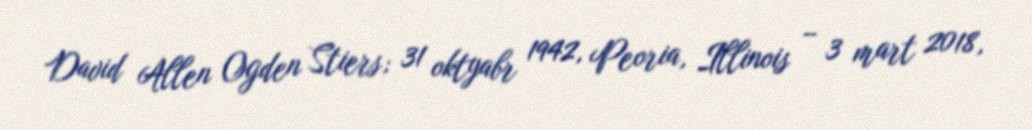
David Allen Ogden Stiers; 31 oktyabr 1942, Peoria, Illinois – 3 mart 2018,